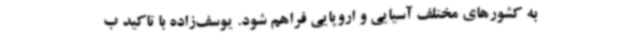
به کشورهای مختلف آسیایی و اروپایی فراهم شود. یوسف‌زاده با تاکید ب